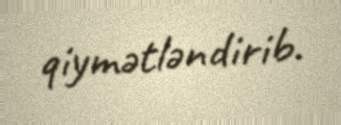
qiymətləndirib.